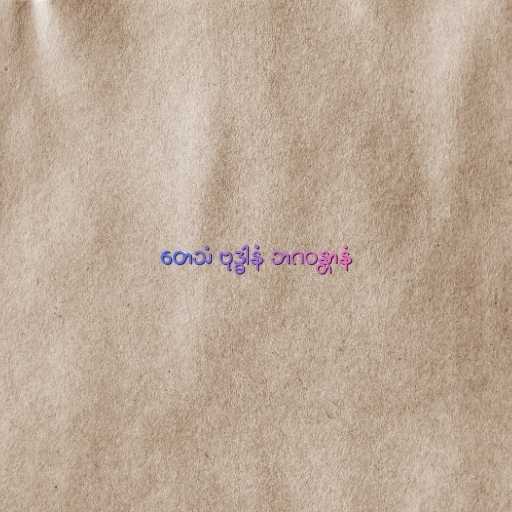
တေသံ ဗုဒ္ဓါနံ ဘဂဝန္တာနံ